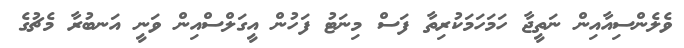
ވެލެންސިއާއިން ނަތީޖާ ހަމަހަމަކުރިތާ ފަސް މިނަޓު ފަހުން އީގަލްސްއިން ވަނީ އަނބުރާ މެޗުގެ